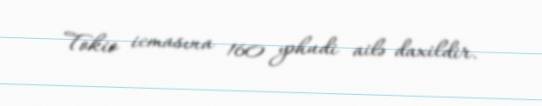
Tokio icmasına 160 yəhudi ailə daxildir.